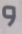
و